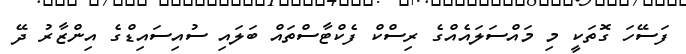
ފަސޭހަ ގޮތަކީ މި މައްސަލައެއްގެ ރިސްކް ފެކްޓާސްތައް ބަލައި ސުއިސައިޑްގެ އިންޒާރު ދޭ